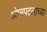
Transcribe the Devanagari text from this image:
श्लेष्मपटलाच्या